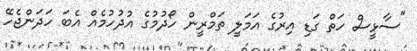
"ސާޅީސް ހަތް ގަޑި އިރުގެ އަމަލީ ތަމްރީން ހޯދުމުގެ އުދުހުމެއް އެބަ ހަދަންޖެހޭ